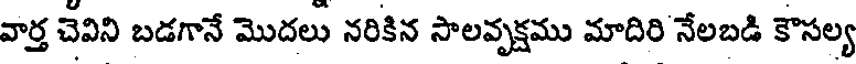
వార్త చెవిని బడగానే మొదలు నరికిన సాలవృక్షము మాదిరి నేలబడి కౌసల్య